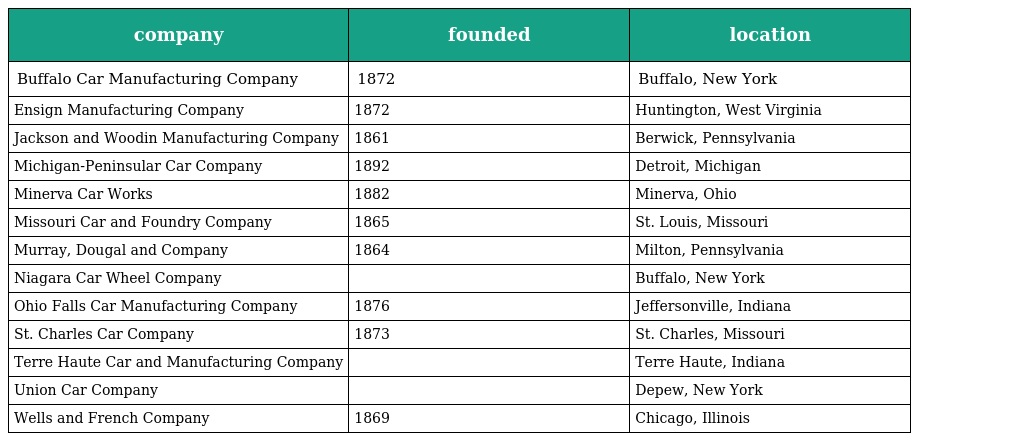
| company | founded | location |
 | --- | --- | --- |
 | Buffalo Car Manufacturing Company | 1872 | Buffalo, New York |
 | Ensign Manufacturing Company | 1872 | Huntington, West Virginia |
 | Jackson and Woodin Manufacturing Company | 1861 | Berwick, Pennsylvania |
 | Michigan-Peninsular Car Company | 1892 | Detroit, Michigan |
 | Minerva Car Works | 1882 | Minerva, Ohio |
 | Missouri Car and Foundry Company | 1865 | St. Louis, Missouri |
 | Murray, Dougal and Company | 1864 | Milton, Pennsylvania |
 | Niagara Car Wheel Company |  | Buffalo, New York |
 | Ohio Falls Car Manufacturing Company | 1876 | Jeffersonville, Indiana |
 | St. Charles Car Company | 1873 | St. Charles, Missouri |
 | Terre Haute Car and Manufacturing Company |  | Terre Haute, Indiana |
 | Union Car Company |  | Depew, New York |
 | Wells and French Company | 1869 | Chicago, Illinois |